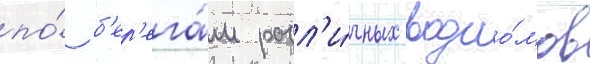
по́ б'ер'ега́м разл'и́чных водоо́мов